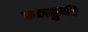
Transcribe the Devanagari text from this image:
त्याहुनी